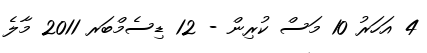
4 އަހަރު 10 މަސް ކުރިން - 12 ޑިސެމްބަރ 2011 މާލެ